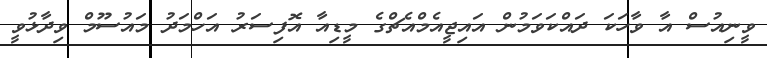
ވީނިއުސް އާ ވާހަކަ ދައްކަވަމުން އައިޖީއެމްއެޗްގެ މީޑިއާ އޮފިސަރު އަހްމަދު މައުސޫމް ވިދާޅުވީ